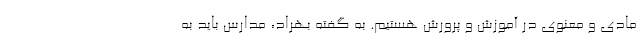
مادی و معنوی در آموزش و پرورش هستیم. به گفته بهراد، مدارس باید به